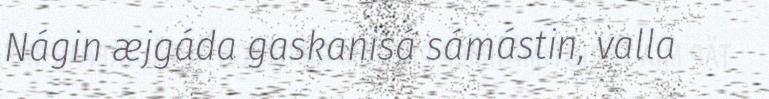
Nágin æjgáda gaskanisá sámástin, valla